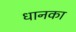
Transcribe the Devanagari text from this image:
धानका